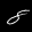
Label: 8